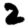
Digit: 2